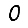
Digit: 0